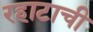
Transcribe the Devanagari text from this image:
रहाटाची